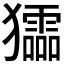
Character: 𤣍